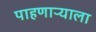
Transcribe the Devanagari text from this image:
पाहणाऱ्याला